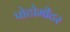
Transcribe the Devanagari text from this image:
पोटोमीटर